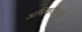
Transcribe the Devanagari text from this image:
अधिकशेरुकी